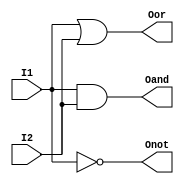
module Simple_Circuit_Boolean(I1, I2, Onot, Oand, Oor);
input I1, I2;
output Onot, Oand, Oor;

assign Onot = !I1;
assign Oand = I1&&I2;
assign Oor = I1||I2;
endmodule